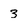
Character: 3